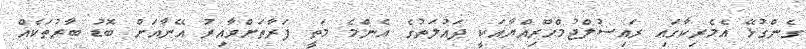
ގެންގުޅޭ އެމެރިކާގައި ރައިސުލްޖުމްހޫރިއްޔާއަކީ ދައުލަތުގެ އެންމެ މަތީ ފަރާތަށްވާއިރު އޭނާއަށް ބޮޑު ބާރުތަކެއް